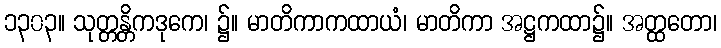
၁၃၀၃။ သုတ္တန္တိကဒုကေ၊ ၌။ မာတိကာကထာယံ၊ မာတိကာ အဋ္ဌကထာ၌။ အတ္ထတော၊